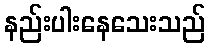
နည်းပါးနေသေးသည်